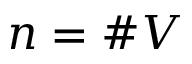
n = \# V